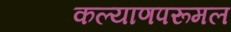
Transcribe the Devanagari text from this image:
कल्याणपरूमल